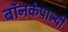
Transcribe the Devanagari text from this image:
बॉनकंपान्यी